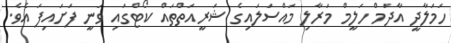
ހަމަލާދީ އާދަމް ހަލީމް މަރާލި މައްސަލައިގެ ޝަރީއަތްތައް ކޯޓްގައި ވަނީ ފަށައިފަ އެވެ.